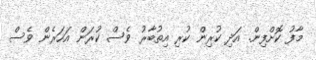
މާފު ކޮށްފިން. އަދި ކުރިން ކުރި އިތުބާރު ވެސް ކުރަން އަހަރެން ވެސް